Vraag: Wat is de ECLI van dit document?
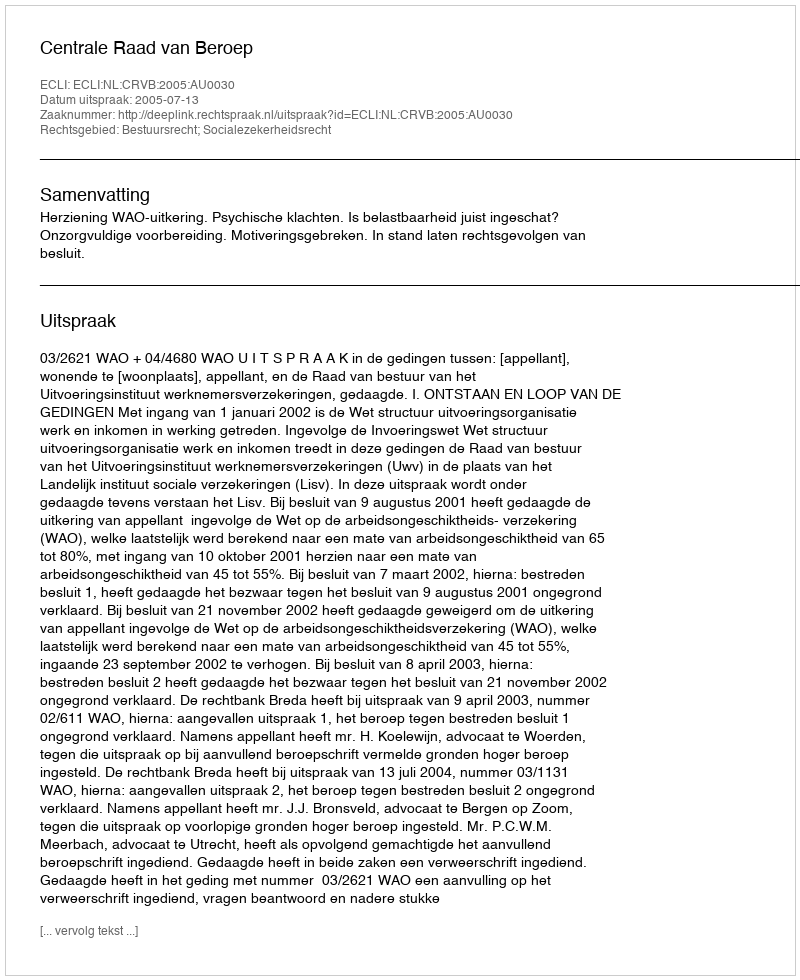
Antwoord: ECLI:NL:CRVB:2005:AU0030